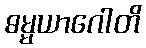
ဓမ္မယာဂေါတိ